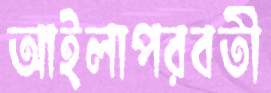
আইলাপরবর্তী